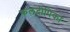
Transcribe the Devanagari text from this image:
फलदीपिका